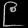
Digit: ၉